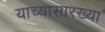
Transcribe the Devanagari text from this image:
याच्यासारख्या